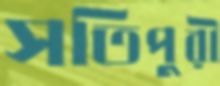
সতিপুরী